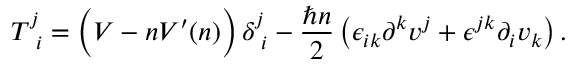
T _ { \, \, \, i } ^ { j } = \Big ( V - n V ^ { \prime } ( n ) \Big ) \, \delta _ { \, \, i } ^ { j } - \frac { \hbar n } { 2 } \left( \epsilon _ { i k } \partial ^ { k } v ^ { j } + \epsilon ^ { j k } \partial _ { i } v _ { k } \right) .